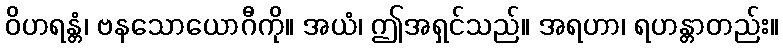
ဝိဟရန္တံ၊ ဗနသောယောဂီကို။ အယံ၊ ဤအရှင်သည်။ အရဟာ၊ ရဟန္တာတည်း။